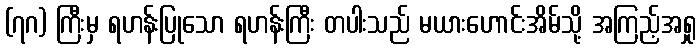
(၇ဂ) ကြီးမှ ရဟန်းပြုသော ရဟန်းကြီး တပါးသည် မယားဟောင်းအိမ်သို့ အကြည့်အရှု